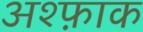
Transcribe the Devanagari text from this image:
अश्फ़ाक